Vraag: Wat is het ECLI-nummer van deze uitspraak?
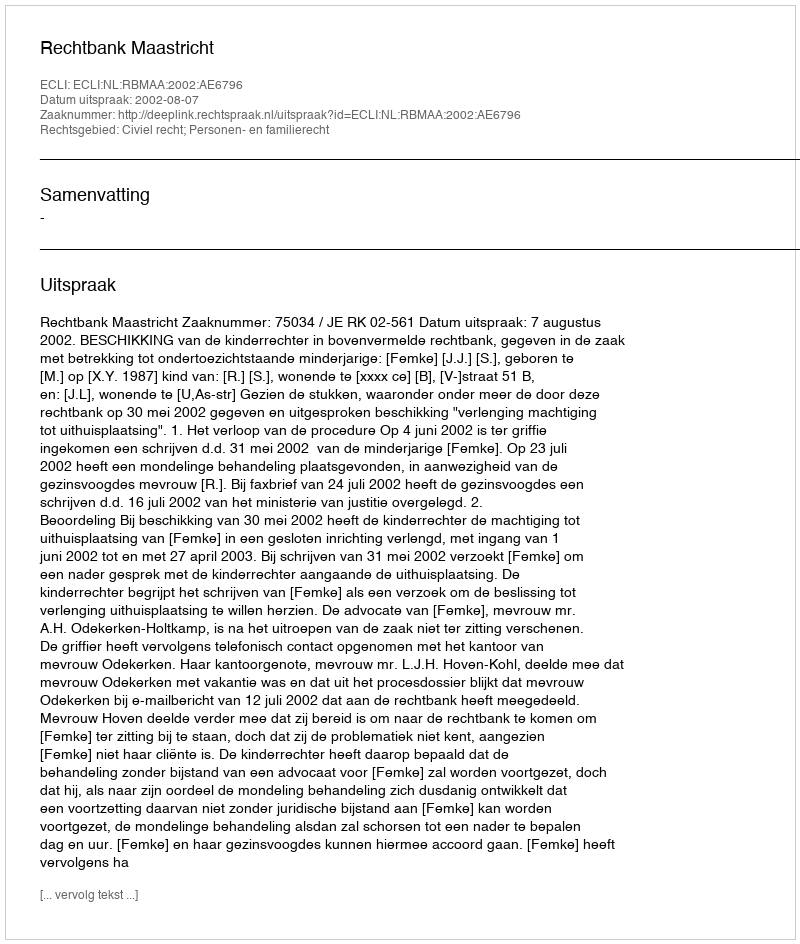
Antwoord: ECLI:NL:RBMAA:2002:AE6796